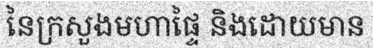
នៃក្រសួងមហាផ្ទៃ និងដោយមាន